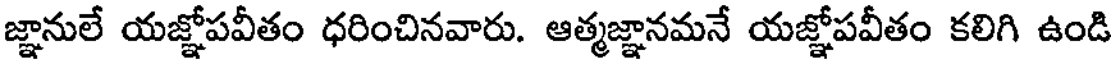
జ్ఞానులే యజ్ఞోపవీతం ధరించినవారు. ఆత్మజ్ఞానమనే యజ్ఞోపవీతం కలిగి ఉండి